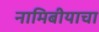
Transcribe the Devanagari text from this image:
नामिबीयाचा